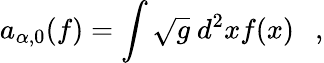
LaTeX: a_{\alpha,0}(f)=\int\sqrt{g}~d^{2}xf(x)~~~,